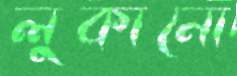
লুকানো